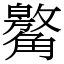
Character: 䚫